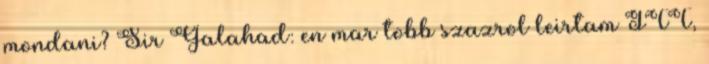
mondani? Sir Galahad: en mar tobb szazrol leirtam ITT,